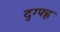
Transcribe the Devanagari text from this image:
द्ग्फ्ह्न